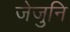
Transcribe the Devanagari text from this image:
जेजुनि